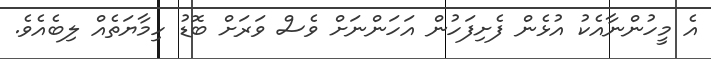
އެ މީހުންނާއެކު އުޅެން ފެށިފަހުން އަހަންނަށް ވެސް ވަރަށް ބޮޑު ހިމާޔަތެއް ލިބެއެވެ.